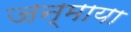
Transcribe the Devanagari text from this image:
जन्माया